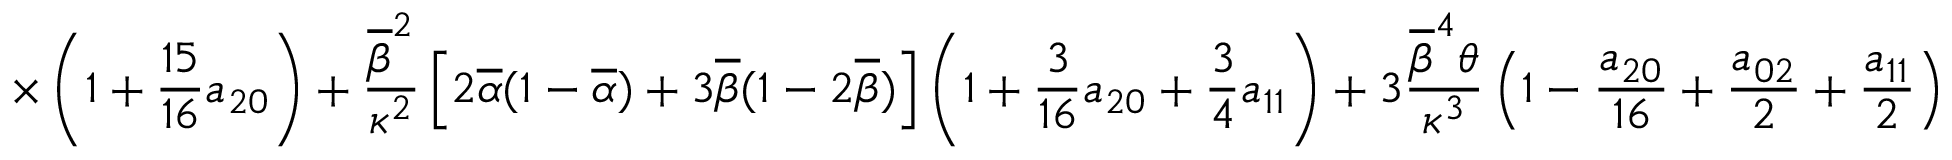
\displaystyle { \times \left( 1 + \frac { 1 5 } { 1 6 } a _ { 2 0 } \right) + \frac { \overline { { \beta } } ^ { 2 } } { \kappa ^ { 2 } } \left[ 2 \overline { { \alpha } } ( 1 - \overline { { \alpha } } ) + 3 \overline { { \beta } } ( 1 - 2 \overline { { \beta } } ) \right] \left( 1 + \frac { 3 } { 1 6 } a _ { 2 0 } + \frac { 3 } { 4 } a _ { 1 1 } \right) + 3 \frac { \overline { { \beta } } ^ { 4 } \theta } { \kappa ^ { 3 } } \left( 1 - \frac { a _ { 2 0 } } { 1 6 } + \frac { a _ { 0 2 } } { 2 } + \frac { a _ { 1 1 } } { 2 } \right) }